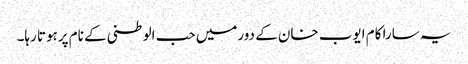
یہ سارا کام ایوب خان کے دورمیں حب الوطنی کے نام پرہوتا رہا۔